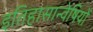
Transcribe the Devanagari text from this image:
इतिहासान्वेषियों